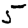
Digit: 5